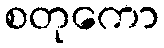
စတုကော